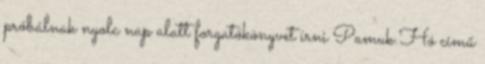
próbálnak nyolc nap alatt forgatókönyvet írni Pamuk Hó című